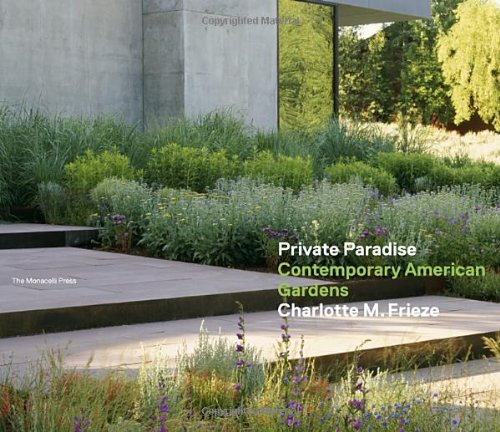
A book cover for Private Paradise: Contemporary American Gardens; Charlotte M. Frieze; Crafts, Hobbies & Home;